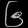
Digit: ၆